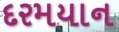
દરમયાન